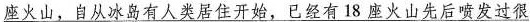
座火山，自从冰岛有人类居住开始，已经有18座火山先后喷发过很